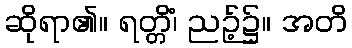
ဆိုရာ၏။ ရတ္တိံ၊ ညဉ့်၌။ အတိ